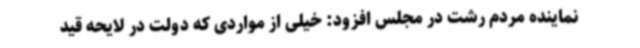
نماینده مردم رشت در مجلس افزود: خیلی از مواردی که دولت در لایحه قید